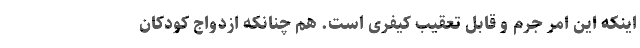
اینکه این امر جرم و قابل تعقیب کیفری است. هم چنانکه ازدواج کودکان